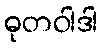
ဓုတဝါဒါ